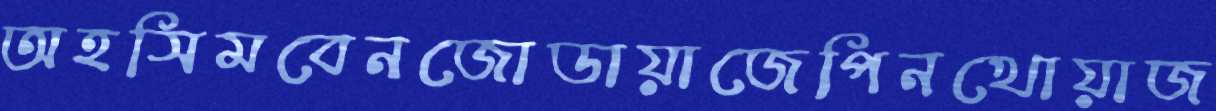
অহসিমবেনজোডায়াজেপিনখোয়াজ